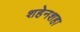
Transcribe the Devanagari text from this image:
शहेनशहा